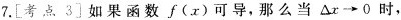
7.[考点 3]如果函数f(x)可导，那么当$$\Delta x \rightarrow 0$$时，